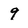
Character: 9